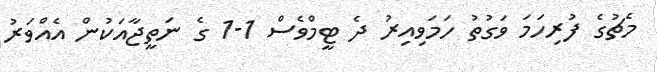
މެޗުގެ ފުރިހަމަ ވަގުތު ހަމަވިއިރު ދެ ޓީމްވެސް 1-1 ގެ ނަތީޖާއަކުން އެއްވަރު